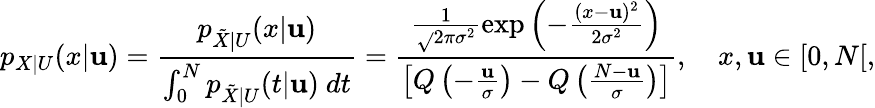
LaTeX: p_{X|U}(x|\mathbf{u})=\frac{{p_{\tilde{{X}}|U}(x|\mathbf{u})}}{{\int_{0}^{N}p_{\tilde{{X}}|U}(t|\mathbf{u})~dt}}=\frac{{\frac{{1}}{{\sqrt{}{{2\pi\sigma^{2}}}}}\exp\left(-\frac{{(x-\mathbf{u})^{2}}}{{2\sigma^{2}}}\right)}}{{\left[Q\left(-\frac{{\mathbf{u}}}{{\sigma}}\right)-Q\left(\frac{{N-\mathbf{u}}}{{\sigma}}\right)\right]}},~~~~x,\mathbf{u}\in[0,N[,